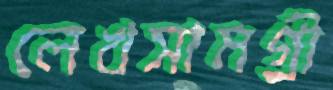
লেখসামগ্রী